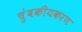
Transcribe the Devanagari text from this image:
चुंबकीयकरण